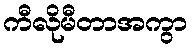
ကီလိုမီတာအကွာ